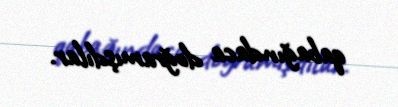
qabağındaca doğramışdılar.